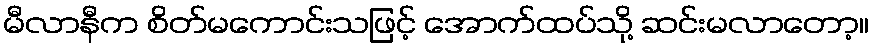
မီလာနီက စိတ်မကောင်းသဖြင့် အောက်ထပ်သို့ ဆင်းမလာတော့။